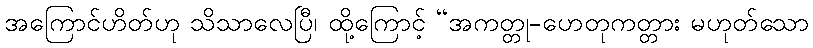
အကြောင်ဟိတ်ဟု သိသာလေပြီ၊ ထို့ကြောင့် “အကတ္တု-ဟေတုကတ္တား မဟုတ်သော